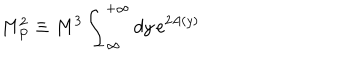
LaTeX: M _ { P } ^ { 2 } \equiv M ^ { 3 } \int _ { - \infty } ^ { + \infty } d y \, e ^ { 2 A ( y ) }